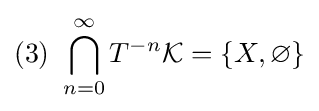
{\mbox{(3) }}\bigcap _{n=0}^{\infty }T^{-n}{\mathcal {K}}=\{X,\varnothing \}